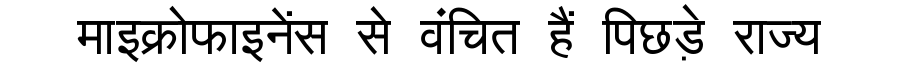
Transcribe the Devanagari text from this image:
माइक्रोफाइनेंस से वंचित हैं पिछड़े राज्य